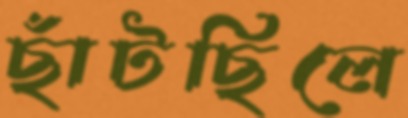
ছাঁটছিলে